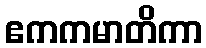
ဧကကမာတိကာ